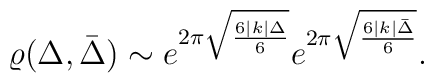
\varrho(\Delta,\bar{\Delta})\sim e^{2\pi\sqrt{6|k|\Delta\over 6}}e^{2\pi\sqrt{6|k|\bar{\Delta}\over 6}}.